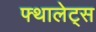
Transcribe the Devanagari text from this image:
फ्थालेट्स